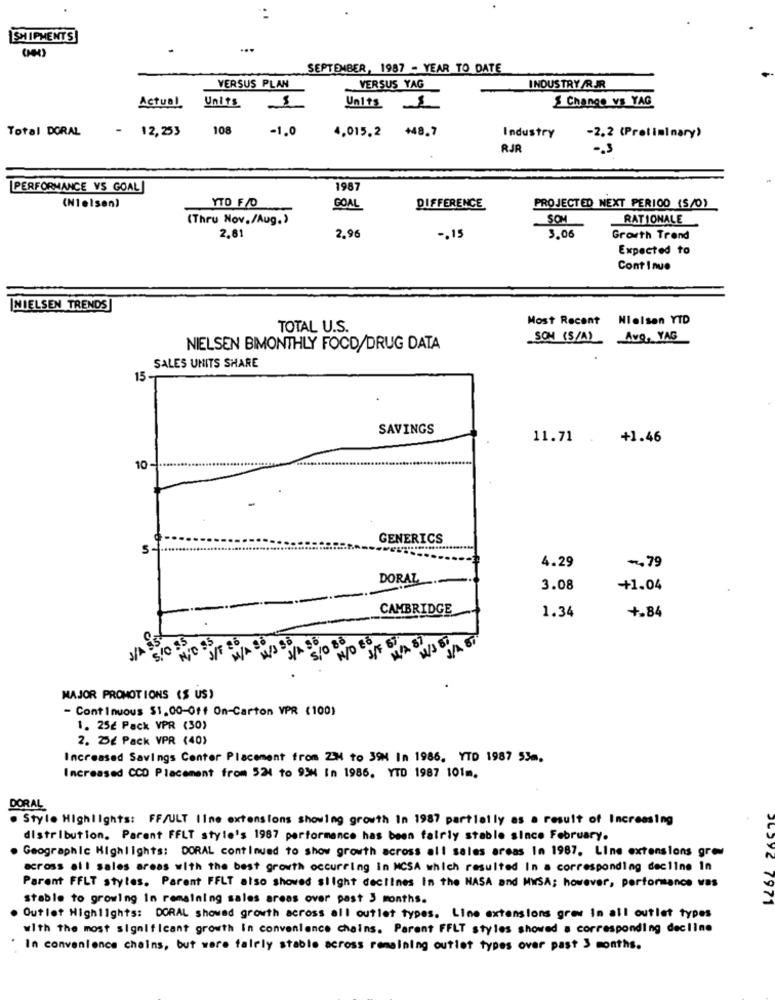
SHIPMENTS
SEPTEMBER, 1987 - YEAR TO DATE
VERSUS PLAN
VERSUS YAG
INDUSTRY /RJR
$ Change vs YAG
Actual
Units
Units
1
Total DORAL
- 12,253
108
-1.0
4,015,2 +48,7
Industry
-2.2 (Preliminary)
RJR
-. 3
PERFORMANCE VS GOAL
1987
YTO F/D
(Nielsen)
GOAL
DIFFERENCE
PROJECTED NEXT PERIOD (S/0)
(Thru Nov./Aug.)
SOM
RATIONALE
2,81
2.96
-. 15
3.06
Growth Trend
Expected to
Cont I nuo
INIELSEN TRENDSJ
Most Recent
Nielsen YTD
TOTAL U.S.
SON (S/A)
Avg, YAG
NIELSEN BIMONTHLY FOCD/DRUG DATA
SALES UNITS SHARE
15
SAVINGS
11.71
+1.46
10
GENERICS
S
4.29
. 79
DORAL
3.08
+1.04
CAMBRIDGE
1.34
+.84
J/A 35
S./0 85
NOD 35
M/A 36
J/A 86
S/0 8à
N/0 88
J/F 87
MA 87
MAJOR PROMOTIONS (S US)
- Continuous $1.00-0ff On-Carton VPR (100)
1. 25€ Pack VPR (30)
2. De Pack VPR (40)
Increased Savings Center Placement from ZM to 39M In 1986, YTD 1987 53m.
Increased CCD Placement from 524 to 93M In 1986, YTD 1987 101m.
DORAL
. Style Highlights: FF/ULT llne extensions showing growth In 1987 partially as a result of Increasing
distribution. Parent FFLT style's 1987 performance has been fairly stable since February.
Geographic Highlights: DORAL continued to show growth across all sales areas In 1987. Line extensions grew
across all sales areas with the best growth occurring in MCSA which resulted In a corresponding decline in
Parent FFLT stytes. Parent FFLT also showed slight declines in the NASA and MWSA; however, performance was
stable to growing in remaining sales areas over past 3 months.
7971
Outlet Highlights: DORAL showed growth across all outlet types. Line extensions grew in all outlet types
with the most significant growth in convenience chains. Parent FFLT styles showed a corresponding decline
In convenience chains, but were fairly stable across remaining outlet types over past 3 months.